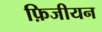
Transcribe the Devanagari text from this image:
फ़िजीयन